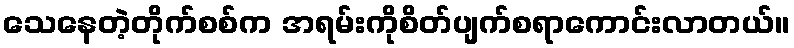
သေနေတဲ့တိုက်စစ်က အရမ်းကိုစိတ်ပျက်စရာကောင်းလာတယ်။